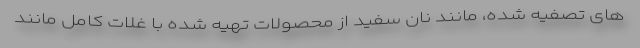
های تصفیه شده، مانند نان سفید از محصولات تهیه شده با غلات کامل مانند